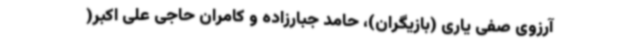
آرزوی صفی یاری (بازیگران)، حامد جبارزاده و کامران حاجی علی اکبر(